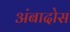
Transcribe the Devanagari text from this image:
अंबादोस